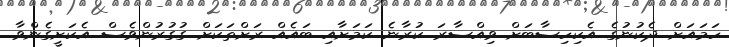
ހަމައަށް ދެކުނުގެ އެކިހިސާބަށް ވިއްސާރަ ކުރާނެ ކަމަށާއި ބައެއް ރަށްތަކަށް ގުގުރުންވެސް އެކަށީގެންވާ